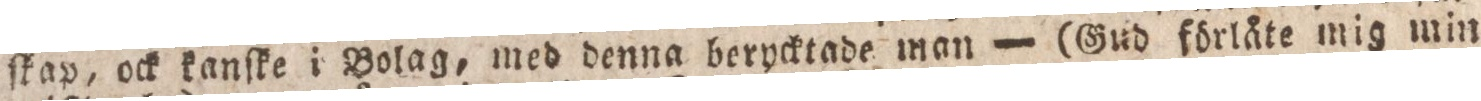
fkap, ock kanſke i Bolag, med denna berycktade man — (Gud förlåte mig min